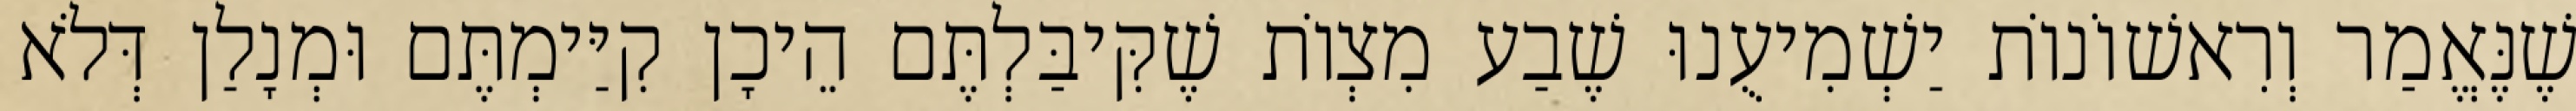
שֶׁנֶּאֱמַר וְרִאשׁוֹנוֹת יַשְׁמִיעֻנוּ שֶׁבַע מִצְוֹת שֶׁקִּיבַּלְתֶּם הֵיכָן קִיַּימְתֶּם וּמְנָלַן דְּלֹא